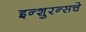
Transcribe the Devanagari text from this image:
इन्‍शुरन्‍सचे